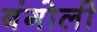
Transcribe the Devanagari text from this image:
बंगोली